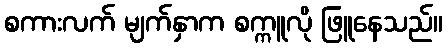
စကားလက် မျက်နှာက စက္ကူလို ဖြူနေသည်။